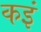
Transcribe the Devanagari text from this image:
कइं